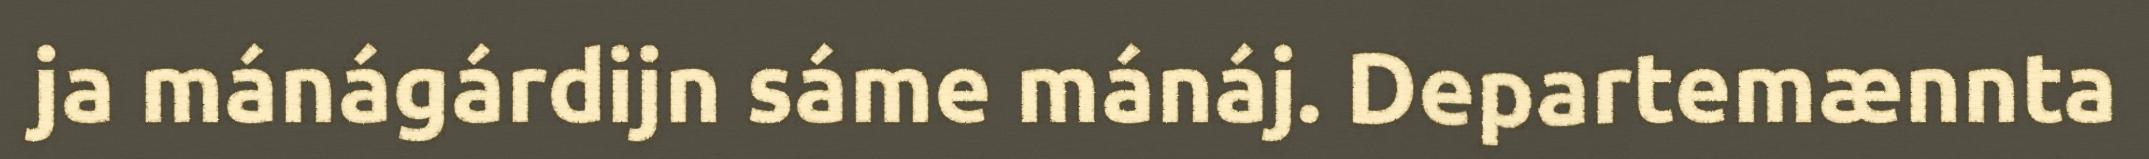
ja mánágárdijn sáme mánáj. Departemænnta